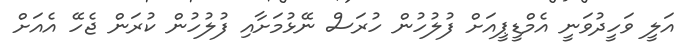
އަލީ ވަހީދުވަނީ އެމްޑީޕީއަށް ފުލުހުން ހުރަސް ނޭޅުމަށާއި ފުލުހުން ކުރަން ޖެހޭ އެއަށް